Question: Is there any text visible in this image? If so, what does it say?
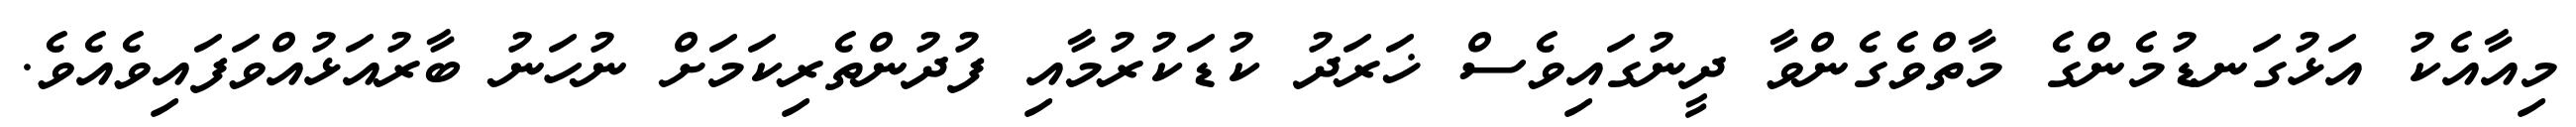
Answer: މިއާއެކު އަޅުގަނޑުމެންގެ މާތްވެގެންވާ ދީނުގައިވެސް ޚަރަދު ކުޑަކުރުމާއި ފުދުންތެރިކަމަށް ނުހަނު ބާރުއަޅުއްވަފައިވެއެވެ.